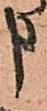
申